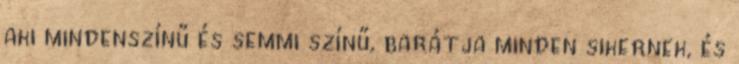
aki mindenszínű és semmi színű, barátja minden sikernek, és